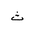
Letter: _tha